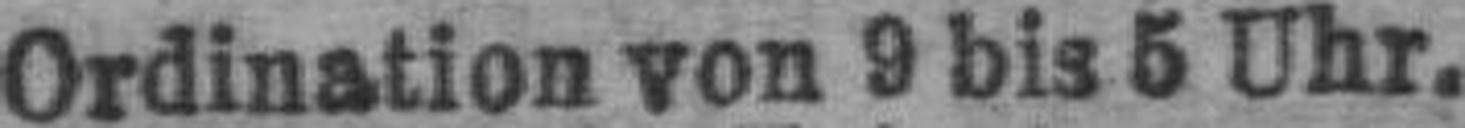
Ordination von 9 bis 5 Uhr.